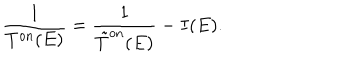
\frac { 1 } { T ^ { \mathrm { o n } } ( E ) } = \frac { 1 } { \tilde { T } ^ { \mathrm { o n } } ( E ) } - I ( E ) .